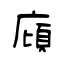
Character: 廎